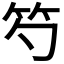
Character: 𥫩